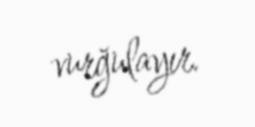
vurğulayır.